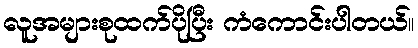
လူအများစုထက်ပိုပြီး ကံကောင်းပါတယ်။